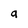
Character: a